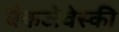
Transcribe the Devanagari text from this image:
बैकजेवेस्की